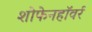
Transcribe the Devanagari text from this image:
शोफेनहॉवर्र